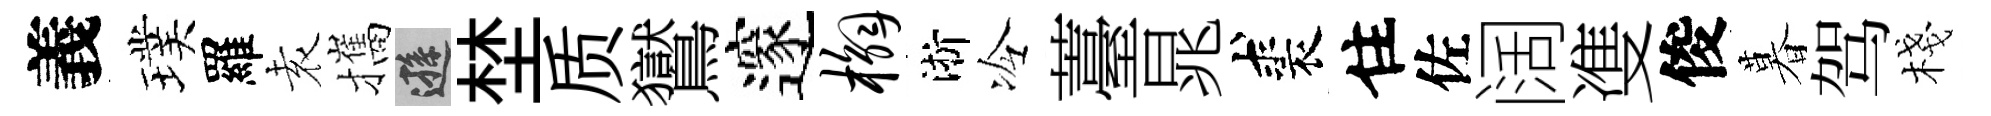
義璞羅𡊮攜遜埜质鸑邃槲淅冷薹晁裘住佐阔㕠俊暮驾棧